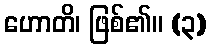
ဟောတိ၊ ဖြစ်၏။ (၃)